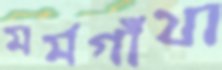
মর্মগাঁথা